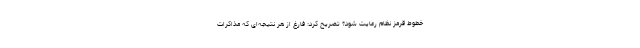
خطوط قرمز نظام رعایت شود؟ تصریح کرد: فارغ از هر نتیجه‌ای که مذاکرات